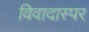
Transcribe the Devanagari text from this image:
विवादास्पर